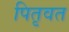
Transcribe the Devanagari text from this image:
पितृवत